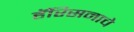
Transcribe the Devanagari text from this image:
हॅरिसनाचे